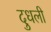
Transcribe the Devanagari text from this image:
दुधली